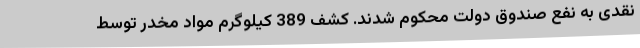
نقدی به نفع صندوق دولت محکوم شدند. کشف 389 کیلوگرم مواد مخدر توسط